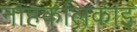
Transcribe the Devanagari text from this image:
नोहकलिकाइ